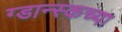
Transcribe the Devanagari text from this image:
ग्डान्स्कच्या